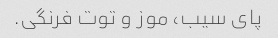
پای سیب، موز و توت فرنگی.